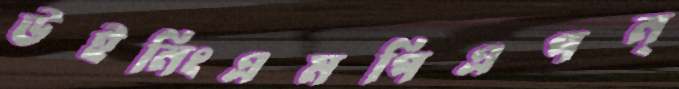
উইনিংএমপিএপন্